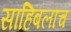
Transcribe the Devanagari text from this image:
साहिबलाच